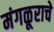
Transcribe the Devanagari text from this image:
मंगळूराचे